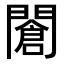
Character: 𨶆